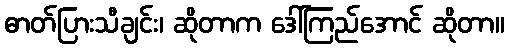
ဓာတ်ပြားသီချင်း၊ ဆိုတာက ဒေါ်ကြည်အောင် ဆိုတာ။